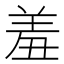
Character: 羞